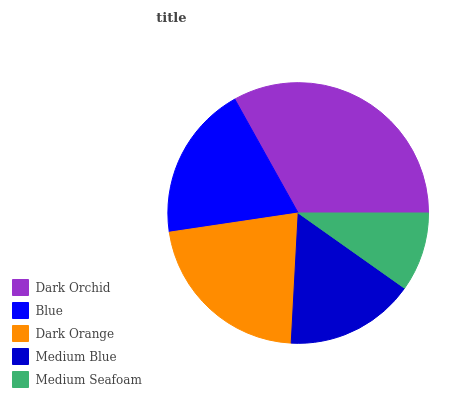
| Dark Orchid | Blue | Dark Orange | Medium Blue | Medium Seafoam |
 | --- | --- | --- | --- | --- |
 | 33.1% | 19.2% | 21.8% | 16.1% | 9.8% |